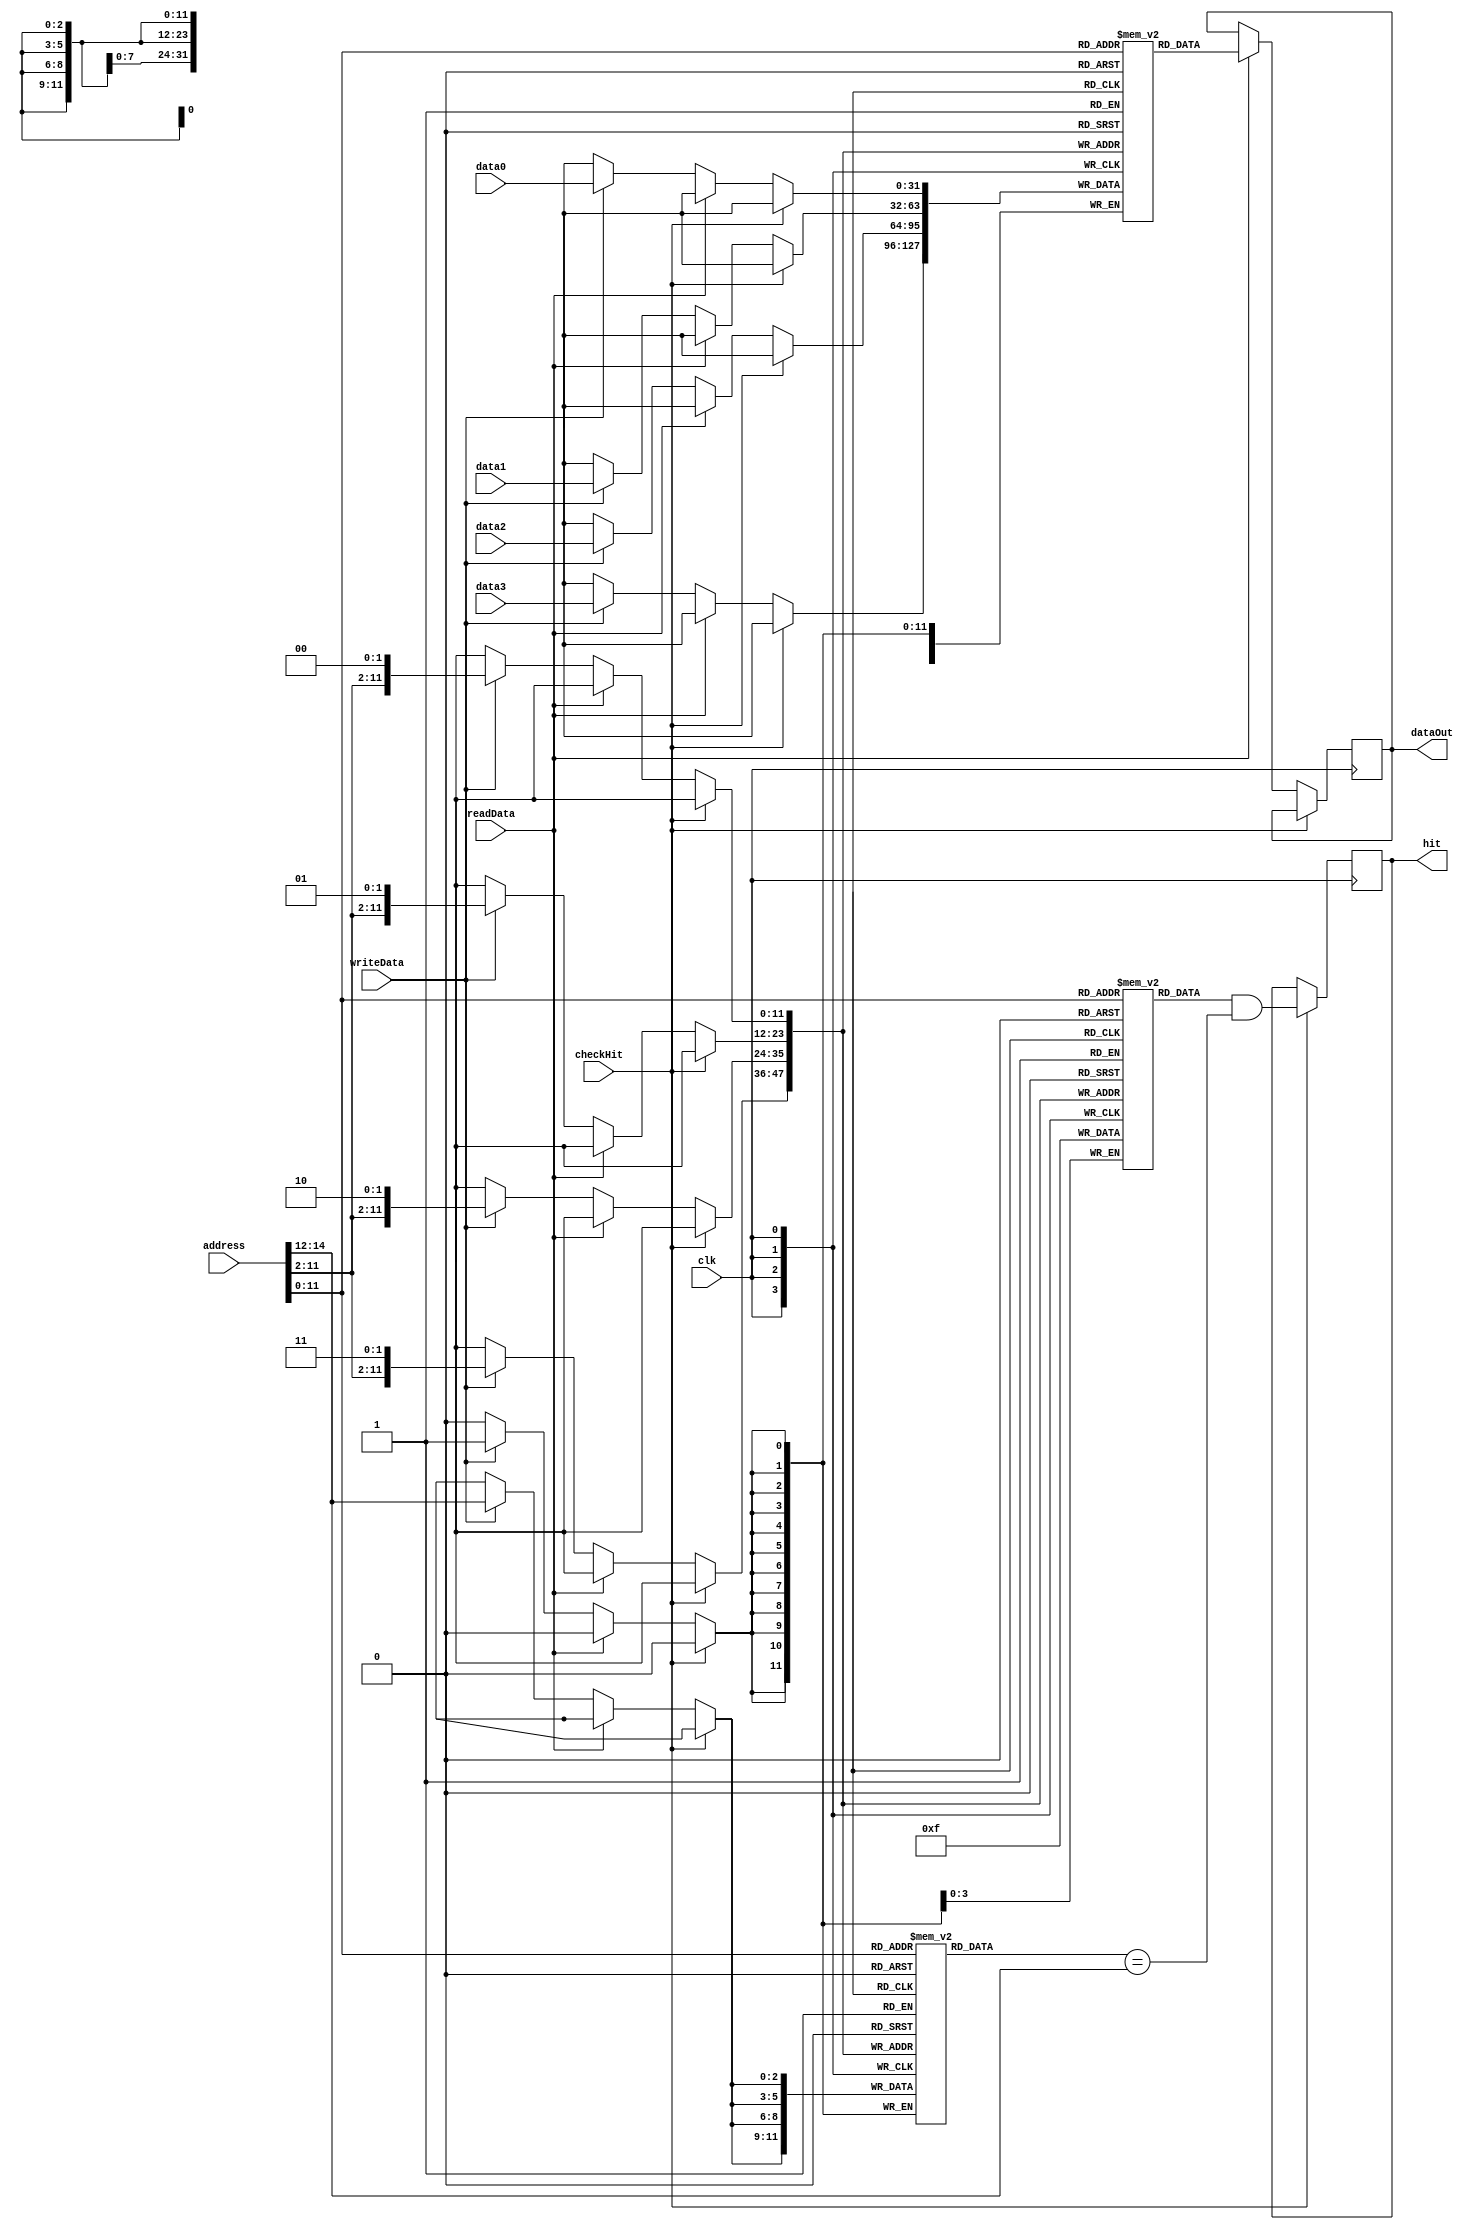
module Cache(input clk, checkHit, readData, writeData, input [14:0] address, input [31:0] data0, data1, data2, data3, output reg hit, output reg [31:0] dataOut);
  reg [31:0] data [4095:0];
  reg valid [4095:0];
  reg [2:0] tag [4095:0];

  integer i;
  initial begin
    for (i=0;i<=4095;i=i+1)
      valid[i] = 0;
  end

  always @(posedge clk) begin
    if(checkHit) begin
      hit <= (valid[address[11:0]]) && (tag[address[11:0]] == address[14:12]);
    end
    else if(readData) begin
      dataOut <= data[address[11:0]];
    end
    else if(writeData) begin
      data[{address[11:2],2'b00}] = data0;
      valid[{address[11:2],2'b00}] = 1;
      tag[{address[11:2],2'b00}] = address[14:12];
      data[{address[11:2],2'b01}] = data1;
      valid[{address[11:2],2'b01}] = 1;
      tag[{address[11:2],2'b01}] = address[14:12];
      data[{address[11:2],2'b10}] = data2;
      valid[{address[11:2],2'b10}] = 1;
      tag[{address[11:2],2'b10}] = address[14:12];
      data[{address[11:2],2'b11}] = data3;
      valid[{address[11:2],2'b11}] = 1;
      tag[{address[11:2],2'b11}] = address[14:12];
    end
  end

endmodule